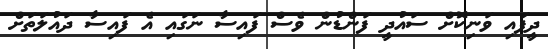
ދީފައި ވަނިކޮށް ސައުދީ ފަންޑުން ވެސް ފައިސާ ނަގައި އެ ފައިސާ ދައުލަތަށް